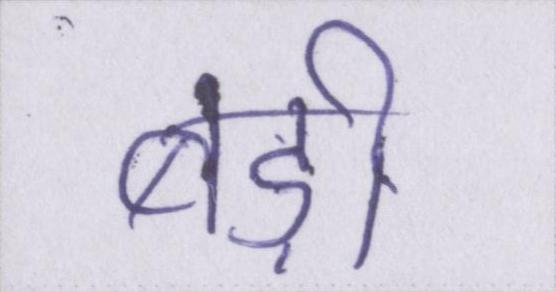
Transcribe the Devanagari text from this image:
बड़ी